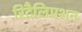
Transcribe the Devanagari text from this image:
रिटैलिएशन